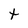
Character: t